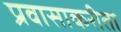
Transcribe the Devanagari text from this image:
प्रवासाकरीता